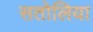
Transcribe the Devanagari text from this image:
सतोलिया